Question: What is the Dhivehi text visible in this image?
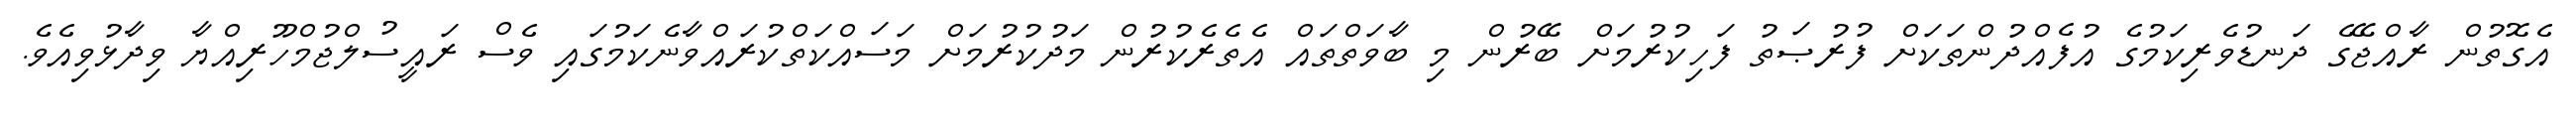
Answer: އެގޮތުން ރާއްޖޭގެ ދަނޑުވެރިކަމުގެ އުފެއްދުންތަކަށް ފުރުޞަތު ފަހިކުރުމަށް ބޭރުން މި ބާވަތްތައް އެތެރެކުރުން މަދުކުރުމަށް މަސައްކަތްކުރައްވާނެކަމުގައި ވެސް ރައީސުލްޖުމްހޫރިއްޔާ ވިދާޅުވިއެވެ.